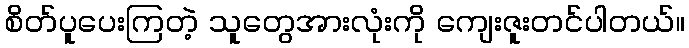
စိတ်ပူပေးကြတဲ့ သူတွေအားလုံးကို ကျေးဇူးတင်ပါတယ်။